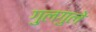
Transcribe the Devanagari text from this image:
गु्लगुले